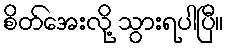
စိတ်အေးလို့ သွားရပါပြီ။